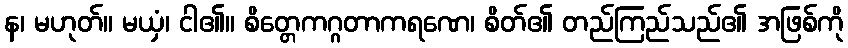
န၊ မဟုတ်။ မယှံ၊ ငါ၏။ စိတ္တေကဂ္ဂတာကရဏေ၊ စိတ်၏ တည်ကြည်သည်၏ အဖြစ်ကို